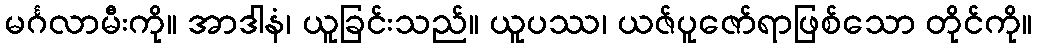
မင်္ဂလာမီးကို။ အာဒါနံ၊ ယူခြင်းသည်။ ယူပဿ၊ ယဇ်ပူဇော်ရာဖြစ်သော တိုင်ကို။